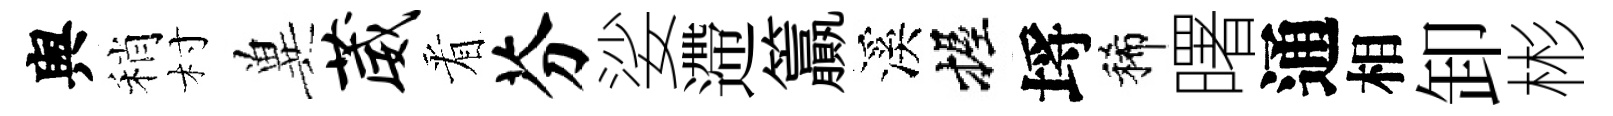
舆稍村兾葳㸔芬娑遰籯溪握埓稀曙通相卸彬